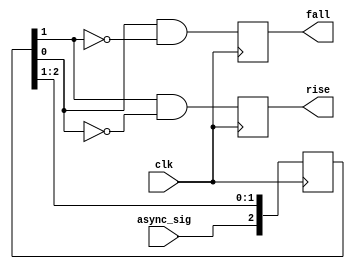
`timescale 1ns / 1ps
//////////////////////////////////////////////////////////////////////////////////
// Company: 
// Engineer: 
// 
// Design Name: 
// Module Name: edge_detect
// Project Name: 
// Target Devices: 
// Tool Versions: 
// Description: 
// 
// Dependencies: 
// 
// Revision:
// Revision 0.01 - File Created
// Additional Comments:
// 
//////////////////////////////////////////////////////////////////////////////////


module AsyncEdgeDetect (input async_sig,
                    input clk,
                    output reg rise,
                    output reg fall);

  reg [1:3] resync;

  always @(posedge clk)
  begin
    // detect rising and falling edges.
    rise <= resync[2] & !resync[3];
    fall <= resync[3] & !resync[2];
    // update history shifter.
    resync <= {async_sig , resync[1:2]};
  end

endmodule